65_HS1-834228961_62-HQ-83894_Section_5
Agency: FBI
Page 97
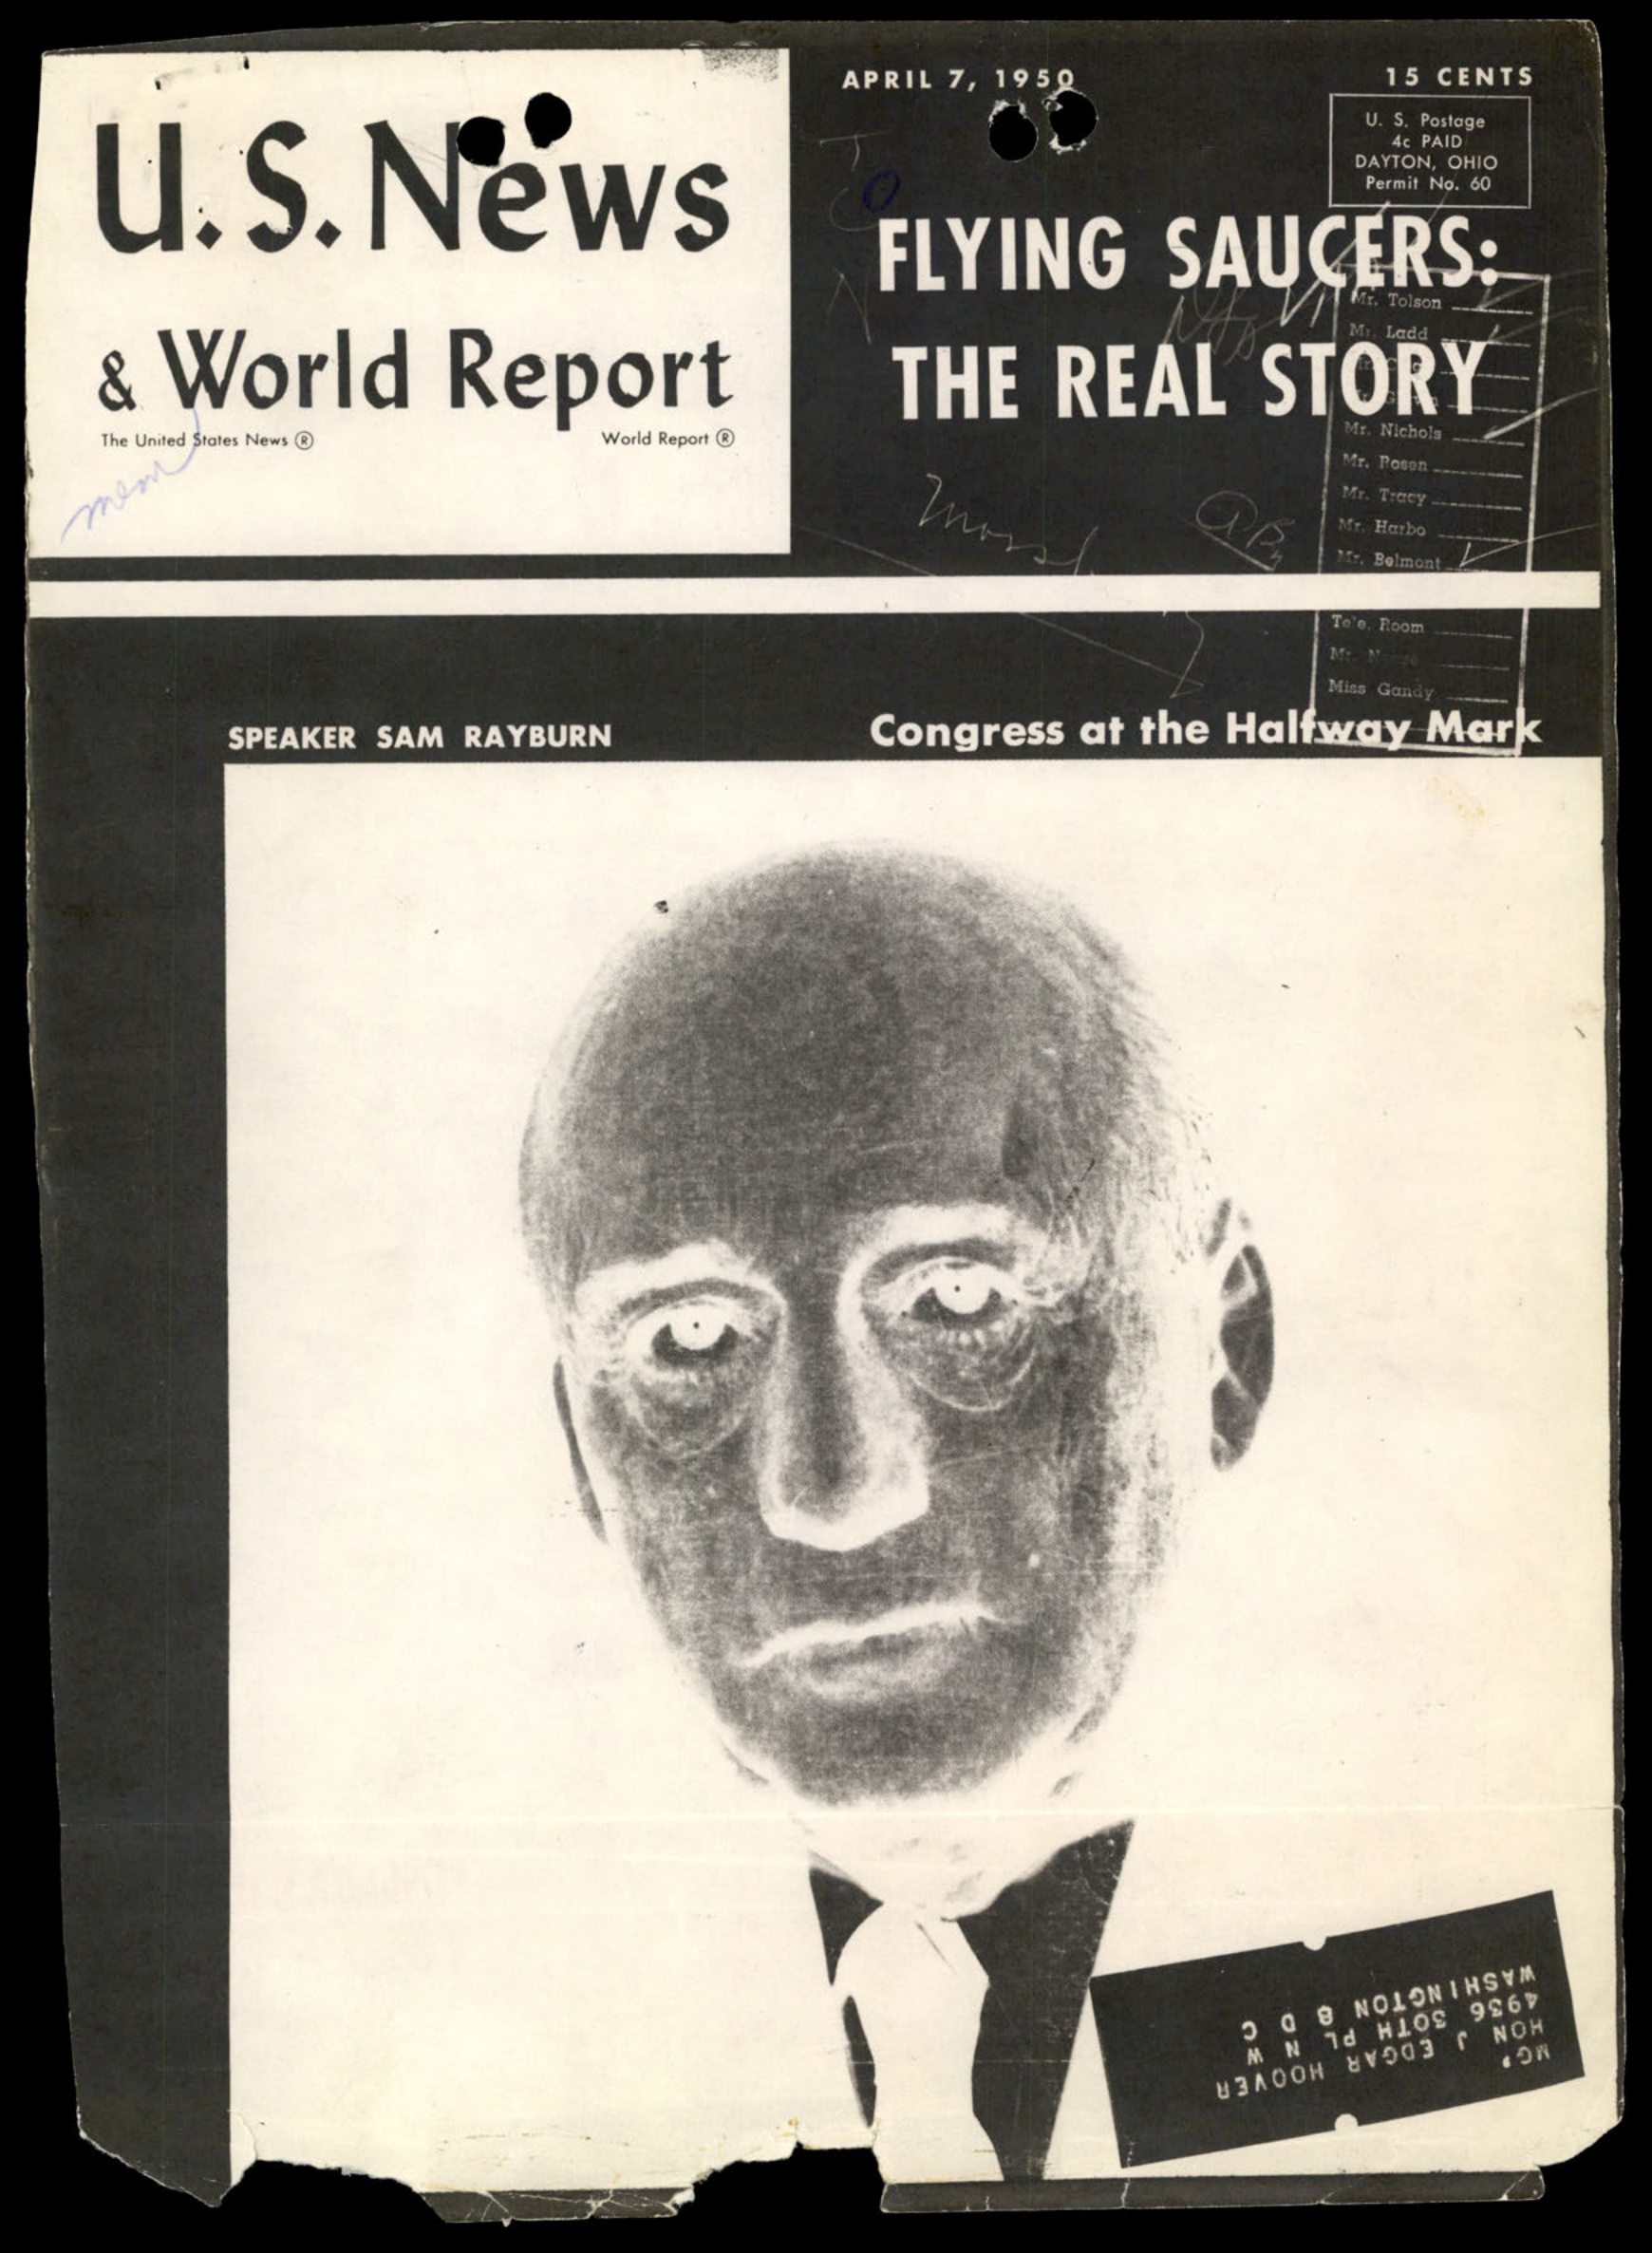